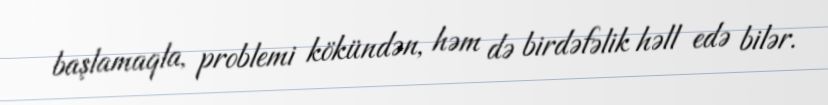
başlamaqla, problemi kökündən, həm də birdəfəlik həll edə bilər.